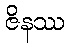
ဇိနဿ